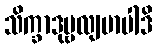
သိက္ခာဒုဗ္ဗလျမာပါဒိ